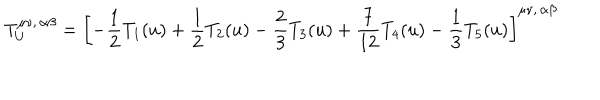
T _ { U } ^ { \mu \nu , \, \alpha \beta } = \left[ - \frac 1 2 T _ { 1 } ( u ) + \frac 1 2 T _ { 2 } ( u ) - \frac 2 3 T _ { 3 } ( u ) + \frac 7 { 1 2 } T _ { 4 } ( u ) - \frac 1 3 T _ { 5 } ( u ) \right] ^ { \mu \nu , \, \alpha \beta }